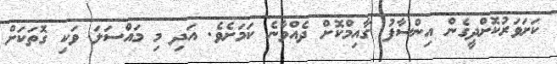
ކަށަވަރުކޮށްދީގެން އިންސާފު ގާއިމްކޮށް ދެއްވާނެ ކަމަށެވެ. އަދި މި މައްސަލަ ވަކި ގޮތަކަށް